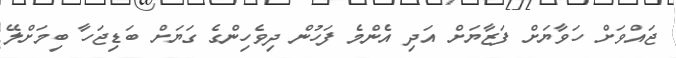
ޖައްވަށް ހަވާޔަށް ފަޒާޔަށް އަދި އެންމެ ފަހުން ދިވެހިންގެ ގަޔަށް ބަޑިޖަހާ ބިމަށްލޭ